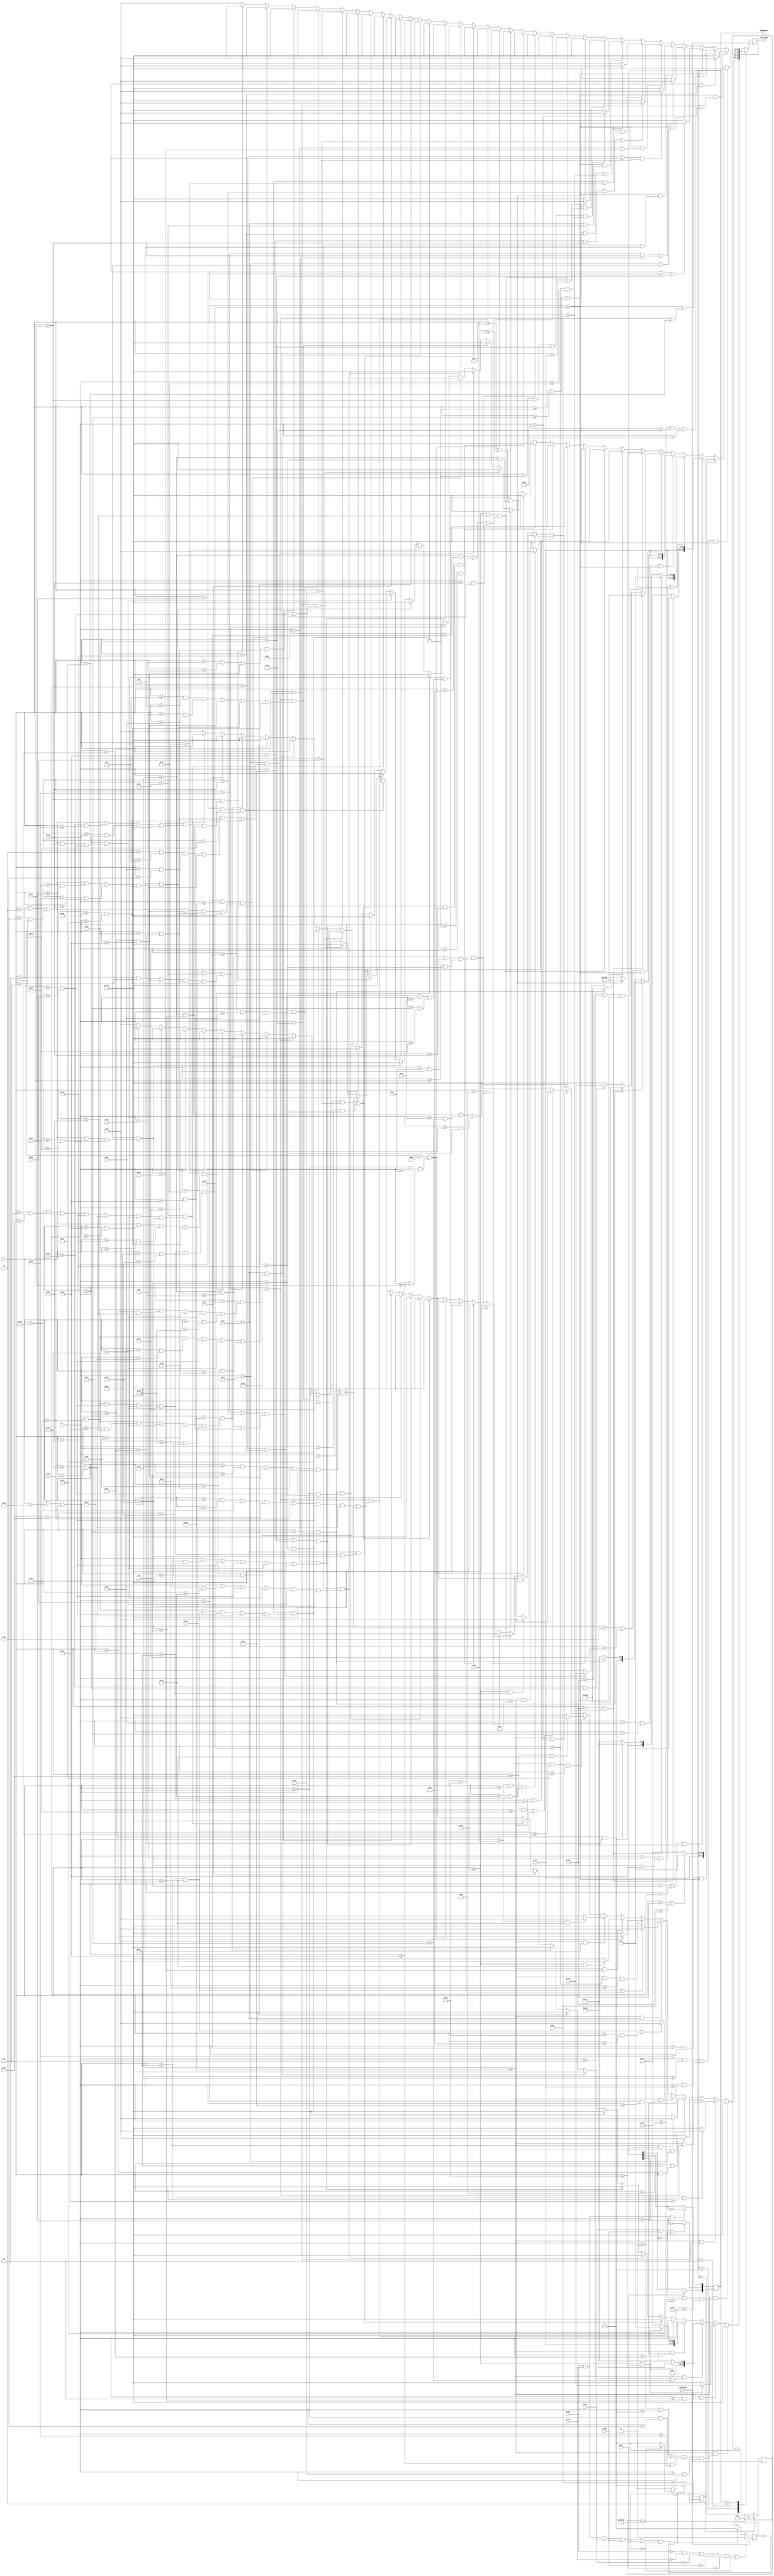
`timescale 1ns / 1ps
//////////////////////////////////////////////////////////////////////////////////
// Company: 
// Engineer: 
// 
// Design Name: 
// Module Name: MenuModule
// Project Name: 
// Target Devices: 
// Tool Versions: 
// Description: 
// 
// Dependencies: 
// 
// Revision:
// Revision 0.01 - File Created
// Additional Comments:
// 
//////////////////////////////////////////////////////////////////////////////////


module MenuModule(
    input clk_6p25m,
    input btnU, btnD, btnL, btnR, btnC,
    input [6:0] x,
    input [5:0] y,
    output reg [2:0] menustate = 3'b010,
    output reg [15:0] oled_data 
    );
    reg press = 0;
    reg delay = 0;
    reg [31:0] count = 0;
    always @ (posedge clk_6p25m) begin
        if(delay == 1) begin
            count <= (count == 3125000) ? 0: count+1;
            delay <= (count == 3125000) ? 0:1;
        end
        if((btnU == 1 ||btnD == 1 || btnL == 1 || btnR == 1 || btnC == 1) && delay == 0 && press == 0) begin
            delay <= 1;
            press <= 1;
        end
        if(btnU == 0 && btnD == 0 && btnL == 0 && btnR == 0 && btnC == 0 && delay == 0)
            press <= 0;
        case(menustate)
            3'b000: begin // B
                if(x>=48 && ((y>=0 && y<=1) || (y>=9 && y<=11) || (y>=19&&y<=21) || (y>=29 && y<=30)))
                    oled_data <= 16'b1111111111111111;
                else if(x>= 48 && (y>=2 && y<=8)) begin
                    if(x>=67 && x<=77)
                        oled_data <= 16'b0000011111100000;
                    else
                        oled_data <= 16'b1111111111111111;
                end
                else if(x >=48 && (y >=12 && y<=18)) begin
                    if(x>=67 && x<=77)
                        oled_data <= 16'b1111110100000000;
                    else
                        oled_data <= 16'b1111111111111111;
                end
                else if(x >= 48 && (y>=22 && y<=28)) begin
                    if(x>=67 && x<=77)
                        oled_data <= 16'b1111100000000000;
                    else
                        oled_data <= 16'b1111111111111111;
                end
               else if(y == 41 &&((x>=51&& x<=57) || x == 60 || x == 65 || x == 69 || x == 75 || (x>=79 && x<=84) || (x>=88 && x<=92)))
                   oled_data <= 16'b1111111111111111; // start of tuner
               else if(y == 42 && (x == 54 || x==60 || x==65 || x==69 || x==75 || x==79 || x==88 || x==93))
                   oled_data <= 16'b1111111111111111;
               else if(y == 43 && (x == 54 || x == 60 || x==65 || (x>=69 && x<=70) || x==75 || x == 79 || x==88 || x == 93))
                   oled_data <= 16'b1111111111111111;
               else if( y == 44 && (x==54 || x==60 || x==65 || (x>=69&&x<=71) || x==75 || x==79 || x==88 || x==93))
                   oled_data <= 16'b1111111111111111;
               else if(y==45 && (x==54 || x==60 || x==65 || x==69 || (x>=71&&x<=72) || x==75 || (x>=79&&x<=84) || (x>=88 && x<=92)))
                   oled_data <= 16'b1111111111111111;
               else if(y==46 && (x==54 || x==60 || x==65 || x==69 || (x>=72 && x<=73) || x==75 || x==79 || (x>=88 &&x<=90)))
                   oled_data <= 16'b1111111111111111;
               else if(y==47 && (x==54 || x == 60 || x==65 || x==69 || (x>=73 && x<=75) || x==79 || x==88 ||(x>=90&&x<=91)))
                   oled_data <= 16'b1111111111111111;
               else if(y==48 && (x==54 || x==60 || x==65 || x==69 || (x>=74&&x<=75) || x==79 || x==88 || (x>=91 && x<=92)))
                   oled_data <= 16'b1111111111111111;
               else if(y==49 && (x==54 || x==60 || x==65 || x==69 || x==75 || x==79 || x==88 || (x>=92&&x<=93)))
                   oled_data <= 16'b1111111111111111;
               else if(y==50 &&(x==54 || (x>=60 &&x<=65) || x==69 || x==75 || (x>=79 &&x<=84) || x==88 || x==93))
                   oled_data <= 16'b1111111111111111; //end of tuner
              else if((x==17 || x==29) && (y>=10&&y<=26)) //start of A
                  oled_data <= 16'b1111111111111111;   
              else if((x==18 || x==28) && (y>=9&&y<=26))
                  oled_data <= 16'b1111111111111111;
              else if((x==19 || x==27) && (y>=8&&y<=26))
                  oled_data <= 16'b1111111111111111;
              else if((x==20 || x==26) && ((y>=7&&y<=10) || (y>=17&&y<=19)))
                  oled_data <= 16'b1111111111111111;
              else if((x==21 || x==25) && ((y>=6&&y<=9) || (y>=17&&y<=19)))
                  oled_data <= 16'b1111111111111111;
              else if((x==22 || x==24) && ((y>=6 &&y<=8) || (y>=17&&y<=19)))
                  oled_data <= 16'b1111111111111111;
              else if(x==23 && ((y>=6&&y<=8) || (y>=17 &&y<=19)))
                  oled_data <= 16'b1111111111111111; //end of A
             else if(y==39 &&((x>=6 && x<=8) || (x>=18 && x<=19) || (x>=27&&x<=28) || (x>=34&&x<=43))) //start of AVI
                 oled_data <= 16'b1111111111111111;
             else if(y==40 &&((x>=5&&x<=9) || (x>=18 && x<=19) || (x>=27&&x<=28) || (x>=34&&x<=43)))
                 oled_data <= 16'b1111111111111111;
             else if(y==41 &&((x>=4&&x<=5) || (x>=9 && x<=10) || (x>=18 && x<=19) || (x>=27&&x<=28) || (x>=38&&x<=39)))
                 oled_data <= 16'b1111111111111111;
             else if(y==42 && ((x>=3&&x<=4) || (x>=10&&x<=11) || (x>=18 && x<=19) || (x>=27&&x<=28) || (x>=38&&x<=39)))
                 oled_data <= 16'b1111111111111111;
             else if((y>=43 && y<=48) && ((x>=2&&x<=3) || (x>=11&&x<=12) || (x>=18 && x<=19) || (x>=27&&x<=28) || (x>=38&&x<=39)))
                 oled_data <= 16'b1111111111111111;
             else if((y==49 || y==50) && ((x>=2&&x<=12) || (x>=18 && x<=19) || (x>=27&&x<=28) || (x>=38&&x<=39)))
                 oled_data <= 16'b1111111111111111;
             else if(y==51 && ((x>=2&&x<=3) || (x>=11&&x<=12) || (x>=19&&x<=20) || (x>=26&&x<=27) || (x>=38&&x<=39)))
                 oled_data <= 16'b1111111111111111;
             else if(y==52 && ((x>=2&&x<=3) || (x>=11&&x<=12) || (x>=20&&x<=21) || (x>=25&&x<=26) || (x>=38&&x<=39)))
                 oled_data <= 16'b1111111111111111; 
             else if(y==53 && ((x>=2&&x<=3) || (x>=11&&x<=12) || (x>=21&&x<=22) || (x>=24&&x<=25) || (x>=38&&x<=39)))
                 oled_data <= 16'b1111111111111111;
             else if(y==54 && ((x>=2&&x<=3) || (x>=11&&x<=12) || (x>=22&&x<=24) || (x>=34&&x<=43)))
                 oled_data <= 16'b1111111111111111;
             else if(y==55 && ((x>=2&&x<=3) || (x>=11&&x<=12) || (x==23) || (x>=34&&x<=43)))
                 oled_data <= 16'b1111111111111111; //end of AVI
//                if((x >= 64 && x <= 66) && (y >= 6 && y <= 26)) //start of B
//                    oled_data <= 16'b1111111111111111;
//                else if ((x >= 67 && x <= 75) && ((y >=6 && y <= 7) || (y >= 15 && y <= 17) || (y>=25 && y<= 26)))
//                    oled_data <= 16'b1111111111111111;
//                else if ((x == 76) && ((y >=6 && y<=8) || (y>=14 && y<=18) || (y>=24 && y<=26)))
//                    oled_data <= 16'b1111111111111111;
//                else if ((x == 77) && ((y >=6 && y<=9) || (y>=13 && y<=19) || (y>=23 && y<=26)))
//                    oled_data <= 16'b1111111111111111;
//                else if((x == 78) && (y >= 7 && y<= 25))
//                    oled_data <= 16'b1111111111111111;
//                else if((x == 79) && ((y >=8 && y<=14) || (y >=18 && y<=24)))
//                    oled_data <= 16'b1111111111111111;
//                else if((x == 80) && ((y>=9 && y<= 13) || (y>=19 && y<= 23))) //end of B
//                    oled_data <= 16'b1111111111111111;
                else
                    oled_data <= 16'b0000000000000000;
            end
            3'b001: begin //freq
//                if(x >= 48 && y >= 32)
//                    oled_data <= 16'b1111111111111111; 
                if(x>=48 && ((y>=32 && y<=39) || y >= 59))
                    oled_data <= 16'b1111111111111111; 
                else if(x>=48 && y == 40) begin
                    if(x>=71 && x<=74)
                        oled_data <= 16'b0000000000000000;
                    else
                        oled_data <= 16'b1111111111111111;
                end
                else if(x>=48 && y == 41) begin
                    if(x==71 || (x>=73 && x<=76))
                        oled_data <= 16'b0000000000000000;
                    else
                        oled_data <= 16'b1111111111111111;
                end
                else if( x>=48 && y == 42) begin
                    if(x>=71 && x<=77)
                        oled_data <= 16'b0000000000000000;
                    else
                        oled_data <= 16'b1111111111111111;
                end
                else if(x>=48 && (y>=43 && y<=45)) begin
                    if((x>=71&&x<=72) || (x>=77 && x<= 78))
                        oled_data <= 16'b0000000000000000;
                    else
                        oled_data <= 16'b1111111111111111;
                end
                else if(x>=48 && y==46) begin
                    if((x>=71 && x<= 72) || (x == 77))
                        oled_data <= 16'b0000000000000000;
                    else
                        oled_data <= 16'b1111111111111111;
                end
                else if(x>=48 && y>=47 && y<=51) begin
                    if(x>=71 && x<= 72)
                        oled_data <= 16'b0000000000000000;
                    else
                        oled_data <= 16'b1111111111111111;
                end
                else if(x>=48 && y == 52) begin
                    if(x>=67 && x<=72)
                        oled_data <= 16'b0000000000000000;
                    else
                        oled_data <= 16'b1111111111111111;   
                end
                else if(x>=48 && y == 53) begin
                    if(x>=66 && x<=72)
                        oled_data <= 16'b0000000000000000;
                    else
                        oled_data <= 16'b1111111111111111;   
                end
                else if(x>=48 && y >= 54 && y<=55) begin
                    if(x>=65 && x<=72)
                        oled_data <= 16'b0000000000000000;
                    else
                        oled_data <= 16'b1111111111111111;   
                end
                else if(x>=48 && y == 56) begin
                    if((x>=65 && x<=69) || (x>=71 && x<=72))
                        oled_data <= 16'b0000000000000000;
                    else
                        oled_data <= 16'b1111111111111111;   
                end
                else if(x>=48 && y==57) begin
                    if((x>=66 && x<=67) || (x>=70 && x<= 71))
                        oled_data <= 16'b0000000000000000;
                    else
                        oled_data <= 16'b1111111111111111;     
                end
                else if(x>=48 && y == 58) begin
                    if(x>=67 && x <= 71)
                        oled_data <= 16'b0000000000000000;
                    else
                        oled_data <= 16'b1111111111111111;                 
                end
               else if((x >= 64 && x <= 66) && (y >= 6 && y <= 26)) //start of B
                   oled_data <= 16'b1111111111111111;
               else if ((x >= 67 && x <= 75) && ((y >=6 && y <= 7) || (y >= 15 && y <= 17) || (y>=25 && y<= 26)))
                   oled_data <= 16'b1111111111111111;
               else if ((x == 76) && ((y >=6 && y<=8) || (y>=14 && y<=18) || (y>=24 && y<=26)))
                   oled_data <= 16'b1111111111111111;
               else if ((x == 77) && ((y >=6 && y<=9) || (y>=13 && y<=19) || (y>=23 && y<=26)))
                   oled_data <= 16'b1111111111111111;
               else if((x == 78) && (y >= 7 && y<= 25))
                   oled_data <= 16'b1111111111111111;
               else if((x == 79) && ((y >=8 && y<=14) || (y >=18 && y<=24)))
                   oled_data <= 16'b1111111111111111;
               else if((x == 80) && ((y>=9 && y<= 13) || (y>=19 && y<= 23))) //end of B
                   oled_data <= 16'b1111111111111111;
                else if((x==17 || x==29) && (y>=10&&y<=26)) //start of A
                    oled_data <= 16'b1111111111111111;   
                else if((x==18 || x==28) && (y>=9&&y<=26))
                    oled_data <= 16'b1111111111111111;
                else if((x==19 || x==27) && (y>=8&&y<=26))
                    oled_data <= 16'b1111111111111111;
                else if((x==20 || x==26) && ((y>=7&&y<=10) || (y>=17&&y<=19)))
                    oled_data <= 16'b1111111111111111;
                else if((x==21 || x==25) && ((y>=6&&y<=9) || (y>=17&&y<=19)))
                    oled_data <= 16'b1111111111111111;
                else if((x==22 || x==24) && ((y>=6 &&y<=8) || (y>=17&&y<=19)))
                    oled_data <= 16'b1111111111111111;
                else if(x==23 && ((y>=6&&y<=8) || (y>=17 &&y<=19)))
                    oled_data <= 16'b1111111111111111; //end of A
               else if(y==39 &&((x>=6 && x<=8) || (x>=18 && x<=19) || (x>=27&&x<=28) || (x>=34&&x<=43))) //start of AVI
                   oled_data <= 16'b1111111111111111;
               else if(y==40 &&((x>=5&&x<=9) || (x>=18 && x<=19) || (x>=27&&x<=28) || (x>=34&&x<=43)))
                   oled_data <= 16'b1111111111111111;
               else if(y==41 &&((x>=4&&x<=5) || (x>=9 && x<=10) || (x>=18 && x<=19) || (x>=27&&x<=28) || (x>=38&&x<=39)))
                   oled_data <= 16'b1111111111111111;
               else if(y==42 && ((x>=3&&x<=4) || (x>=10&&x<=11) || (x>=18 && x<=19) || (x>=27&&x<=28) || (x>=38&&x<=39)))
                   oled_data <= 16'b1111111111111111;
               else if((y>=43 && y<=48) && ((x>=2&&x<=3) || (x>=11&&x<=12) || (x>=18 && x<=19) || (x>=27&&x<=28) || (x>=38&&x<=39)))
                   oled_data <= 16'b1111111111111111;
               else if((y==49 || y==50) && ((x>=2&&x<=12) || (x>=18 && x<=19) || (x>=27&&x<=28) || (x>=38&&x<=39)))
                   oled_data <= 16'b1111111111111111;
               else if(y==51 && ((x>=2&&x<=3) || (x>=11&&x<=12) || (x>=19&&x<=20) || (x>=26&&x<=27) || (x>=38&&x<=39)))
                   oled_data <= 16'b1111111111111111;
               else if(y==52 && ((x>=2&&x<=3) || (x>=11&&x<=12) || (x>=20&&x<=21) || (x>=25&&x<=26) || (x>=38&&x<=39)))
                   oled_data <= 16'b1111111111111111; 
               else if(y==53 && ((x>=2&&x<=3) || (x>=11&&x<=12) || (x>=21&&x<=22) || (x>=24&&x<=25) || (x>=38&&x<=39)))
                   oled_data <= 16'b1111111111111111;
               else if(y==54 && ((x>=2&&x<=3) || (x>=11&&x<=12) || (x>=22&&x<=24) || (x>=34&&x<=43)))
                   oled_data <= 16'b1111111111111111;
               else if(y==55 && ((x>=2&&x<=3) || (x>=11&&x<=12) || (x==23) || (x>=34&&x<=43)))
                   oled_data <= 16'b1111111111111111; //end of AVI
//                if(y == 41 &&((x>=51&& x<=57) || x == 60 || x == 65 || x == 69 || x == 75 || (x>=79 && x<=84) || (x>=88 && x<=92)))
//                    oled_data <= 16'b1111111111111111; // start of tuner
//                else if(y == 42 && (x == 54 || x==60 || x==65 || x==69 || x==75 || x==79 || x==88 || x==93))
//                    oled_data <= 16'b1111111111111111;
//                else if(y == 43 && (x == 54 || x == 60 || x==65 || (x>=69 && x<=70) || x==75 || x == 79 || x==88 || x == 93))
//                    oled_data <= 16'b1111111111111111;
//                else if( y == 44 && (x==54 || x==60 || x==65 || (x>=69&&x<=71) || x==75 || x==79 || x==88 || x==93))
//                    oled_data <= 16'b1111111111111111;
//                else if(y==45 && (x==54 || x==60 || x==65 || x==69 || (x>=71&&x<=72) || x==75 || (x>=79&&x<=84) || (x>=88 && x<=92)))
//                    oled_data <= 16'b1111111111111111;
//                else if(y==46 && (x==54 || x==60 || x==65 || x==69 || (x>=72 && x<=73) || x==75 || x==79 || (x>=88 &&x<=90)))
//                    oled_data <= 16'b1111111111111111;
//                else if(y==47 && (x==54 || x == 60 || x==65 || x==69 || (x>=73 && x<=75) || x==79 || x==88 ||(x>=90&&x<=91)))
//                    oled_data <= 16'b1111111111111111;
//                else if(y==48 && (x==54 || x==60 || x==65 || x==69 || (x>=74&&x<=75) || x==79 || x==88 || (x>=91 && x<=92)))
//                    oled_data <= 16'b1111111111111111;
//                else if(y==49 && (x==54 || x==60 || x==65 || x==69 || x==75 || x==79 || x==88 || (x>=92&&x<=93)))
//                    oled_data <= 16'b1111111111111111;
//                else if(y==50 &&(x==54 || (x>=60 &&x<=65) || x==69 || x==75 || (x>=79 &&x<=84) || x==88 || x==93))
//                    oled_data <= 16'b1111111111111111; //end of tuner
                else
                    oled_data <= 16'b0000000000000000;
            end
            3'b010: begin // A
//                if(x <= 48 && y <= 31)
//                    oled_data <= 16'b1111111111111111;
                if(((y >= 0&&y<=6) || y>=22&&y<=31) && x <=47)
                    oled_data <= 16'b1111111111111111;
                else if((y==7 || y==21) && x<=47) begin
                    if(x>=16 && x<=30) 
                        oled_data <= 16'b1111100000000000;
                    else
                        oled_data <= 16'b1111111111111111;
                end
                else if((y==8 || y==20) && x <=47) begin
                    if(x==16 || x==30)
                        oled_data <= 16'b1111100000000000;
                    else
                        oled_data <= 16'b1111111111111111;
                end
                else if((y ==9 || y == 19) && x <=47) begin
                    if(x== 16 || x==30)
                        oled_data <= 16'b1111100000000000;
                    else if(x>=18 && x<=28)
                        oled_data <= 16'b1111110100000000;
                    else
                        oled_data <= 16'b1111111111111111;
                end
                else if((y==10 || y == 18) && x <=47) begin
                    if(x== 16 || x==30)
                        oled_data <= 16'b1111100000000000;
                    else if(x==18 || x== 28)
                        oled_data <= 16'b1111110100000000;
                    else
                        oled_data <= 16'b1111111111111111;
                end
                else if((y == 11 || y == 17) && x <=47) begin
                    if(x== 16 || x==30) 
                        oled_data <= 16'b1111100000000000;
                    else if(x==18 || x== 28) 
                        oled_data <= 16'b1111110100000000;
                    else if(x>=20 && x<=26)
                        oled_data <= 16'b0000011111100000;
                    else
                        oled_data <= 16'b1111111111111111;
                end
                else if(y>=12 && y<=16 && x <=47) begin
                    if(x== 16 || x==30) 
                        oled_data <= 16'b1111100000000000;
                    else if(x==18 || x== 28) 
                        oled_data <= 16'b1111110100000000;
                    else if(x==20 || x==26) 
                        oled_data <= 16'b0000011111100000;
                    else 
                        oled_data <= 16'b1111111111111111;
                end
                else if((x >= 64 && x <= 66) && (y >= 6 && y <= 26)) //start of B
                    oled_data <= 16'b1111111111111111;
                else if ((x >= 67 && x <= 75) && ((y >=6 && y <= 7) || (y >= 15 && y <= 17) || (y>=25 && y<= 26)))
                    oled_data <= 16'b1111111111111111;
                else if ((x == 76) && ((y >=6 && y<=8) || (y>=14 && y<=18) || (y>=24 && y<=26)))
                    oled_data <= 16'b1111111111111111;
                else if ((x == 77) && ((y >=6 && y<=9) || (y>=13 && y<=19) || (y>=23 && y<=26)))
                    oled_data <= 16'b1111111111111111;
                else if((x == 78) && (y >= 7 && y<= 25))
                    oled_data <= 16'b1111111111111111;
                else if((x == 79) && ((y >=8 && y<=14) || (y >=18 && y<=24)))
                    oled_data <= 16'b1111111111111111;
                else if((x == 80) && ((y>=9 && y<= 13) || (y>=19 && y<= 23))) //end of B
                    oled_data <= 16'b1111111111111111;
                else if(y==39 &&((x>=6 && x<=8) || (x>=18 && x<=19) || (x>=27&&x<=28) || (x>=34&&x<=43))) //start of AVI
                   oled_data <= 16'b1111111111111111;
                else if(y==40 &&((x>=5&&x<=9) || (x>=18 && x<=19) || (x>=27&&x<=28) || (x>=34&&x<=43)))
                   oled_data <= 16'b1111111111111111;
                else if(y==41 &&((x>=4&&x<=5) || (x>=9 && x<=10) || (x>=18 && x<=19) || (x>=27&&x<=28) || (x>=38&&x<=39)))
                   oled_data <= 16'b1111111111111111;
                else if(y==42 && ((x>=3&&x<=4) || (x>=10&&x<=11) || (x>=18 && x<=19) || (x>=27&&x<=28) || (x>=38&&x<=39)))
                   oled_data <= 16'b1111111111111111;
                else if((y>=43 && y<=48) && ((x>=2&&x<=3) || (x>=11&&x<=12) || (x>=18 && x<=19) || (x>=27&&x<=28) || (x>=38&&x<=39)))
                   oled_data <= 16'b1111111111111111;
                else if((y==49 || y==50) && ((x>=2&&x<=12) || (x>=18 && x<=19) || (x>=27&&x<=28) || (x>=38&&x<=39)))
                   oled_data <= 16'b1111111111111111;
                else if(y==51 && ((x>=2&&x<=3) || (x>=11&&x<=12) || (x>=19&&x<=20) || (x>=26&&x<=27) || (x>=38&&x<=39)))
                   oled_data <= 16'b1111111111111111;
                else if(y==52 && ((x>=2&&x<=3) || (x>=11&&x<=12) || (x>=20&&x<=21) || (x>=25&&x<=26) || (x>=38&&x<=39)))
                   oled_data <= 16'b1111111111111111; 
                else if(y==53 && ((x>=2&&x<=3) || (x>=11&&x<=12) || (x>=21&&x<=22) || (x>=24&&x<=25) || (x>=38&&x<=39)))
                   oled_data <= 16'b1111111111111111;
                else if(y==54 && ((x>=2&&x<=3) || (x>=11&&x<=12) || (x>=22&&x<=24) || (x>=34&&x<=43)))
                   oled_data <= 16'b1111111111111111;
                else if(y==55 && ((x>=2&&x<=3) || (x>=11&&x<=12) || (x==23) || (x>=34&&x<=43)))
                   oled_data <= 16'b1111111111111111; //end of AVI
                else if(y == 41 &&((x>=51&& x<=57) || x == 60 || x == 65 || x == 69 || x == 75 || (x>=79 && x<=84) || (x>=88 && x<=92)))
                   oled_data <= 16'b1111111111111111; // start of tuner
                else if(y == 42 && (x == 54 || x==60 || x==65 || x==69 || x==75 || x==79 || x==88 || x==93))
                   oled_data <= 16'b1111111111111111;
                else if(y == 43 && (x == 54 || x == 60 || x==65 || (x>=69 && x<=70) || x==75 || x == 79 || x==88 || x == 93))
                   oled_data <= 16'b1111111111111111;
                else if( y == 44 && (x==54 || x==60 || x==65 || (x>=69&&x<=71) || x==75 || x==79 || x==88 || x==93))
                   oled_data <= 16'b1111111111111111;
                else if(y==45 && (x==54 || x==60 || x==65 || x==69 || (x>=71&&x<=72) || x==75 || (x>=79&&x<=84) || (x>=88 && x<=92)))
                   oled_data <= 16'b1111111111111111;
                else if(y==46 && (x==54 || x==60 || x==65 || x==69 || (x>=72 && x<=73) || x==75 || x==79 || (x>=88 &&x<=90)))
                   oled_data <= 16'b1111111111111111;
                else if(y==47 && (x==54 || x == 60 || x==65 || x==69 || (x>=73 && x<=75) || x==79 || x==88 ||(x>=90&&x<=91)))
                   oled_data <= 16'b1111111111111111;
                else if(y==48 && (x==54 || x==60 || x==65 || x==69 || (x>=74&&x<=75) || x==79 || x==88 || (x>=91 && x<=92)))
                   oled_data <= 16'b1111111111111111;
                else if(y==49 && (x==54 || x==60 || x==65 || x==69 || x==75 || x==79 || x==88 || (x>=92&&x<=93)))
                   oled_data <= 16'b1111111111111111;
                else if(y==50 &&(x==54 || (x>=60 &&x<=65) || x==69 || x==75 || (x>=79 &&x<=84) || x==88 || x==93))
                   oled_data <= 16'b1111111111111111; //end of tuner
//                if((x==17 || x==29) && (y>=10&&y<=26)) //start of A
//                    oled_data <= 16'b1111111111111111;   
//                else if((x==18 || x==28) && (y>=9&&y<=26))
//                    oled_data <= 16'b1111111111111111;
//                else if((x==19 || x==27) && (y>=8&&y<=26))
//                    oled_data <= 16'b1111111111111111;
//                else if((x==20 || x==26) && ((y>=7&&y<=10) || (y>=17&&y<=19)))
//                    oled_data <= 16'b1111111111111111;
//                else if((x==21 || x==25) && ((y>=6&&y<=9) || (y>=17&&y<=19)))
//                    oled_data <= 16'b1111111111111111;
//                else if((x==22 || x==24) && ((y>=6 &&y<=8) || (y>=17&&y<=19)))
//                    oled_data <= 16'b1111111111111111;
//                else if(x==23 && ((y>=6&&y<=8) || (y>=17 &&y<=19)))
//                    oled_data <= 16'b1111111111111111; //end of A
                else
                    oled_data <= 16'b0000000000000000;
            end
            3'b011: begin //AV
//                if(x <= 48 && y >= 32)
//                    oled_data <= 16'b1111111111111111;
            if(x<= 47 && (y==40 || y == 56)) begin
                if(x==23 || x== 26)
                    oled_data <= 16'b0000000000000000;
                else
                    oled_data <= 16'b1111111111111111;
            end
            else if(x<=47 && ((y>=32 && y <=40) || (y >56)))
                oled_data <= 16'b1111111111111111;
            else if(x<=47 && (y == 41 || y ==55)) begin
                if(x==23 || x == 22 || x == 27)
                  oled_data <= 16'b0000000000000000;
                else
                  oled_data <= 16'b1111111111111111;    
            end
            else if(x<=47 && (y==42 || y==54)) begin
                if(x==21 || x==23 || x==28)
                  oled_data <= 16'b0000000000000000;
                else 
                  oled_data <= 16'b1111111111111111;
            end
            else if(x<=47 && (y==43 || y == 53)) begin
                if(x==20 || x==23 || x==29)
                  oled_data <= 16'b0000000000000000;
                else 
                  oled_data <= 16'b1111111111111111;
            end
            else if(x<=47 && (y == 44 || y == 52)) begin
                if(x==19 || x == 23 || x == 25 || x==29)
                  oled_data <= 16'b0000000000000000;
                else 
                  oled_data <= 16'b1111111111111111;
            end
            else if(x<=47 && (y == 45 || y == 51)) begin
                if((x>=15&&x<=18) || x==23 || x==26 || x==30)
                  oled_data <= 16'b0000000000000000;
                else 
                  oled_data <= 16'b1111111111111111; 
            end
            else if(x<=47 && (y==46 || y == 50)) begin
                if(x==15 || x==23 || x == 27 || x == 30)
                  oled_data <= 16'b0000000000000000;
                else 
                  oled_data <= 16'b1111111111111111;
            end
            else if(x<=47 && (y>=47 && y<= 49)) begin
                if(x==15 || x==23 || x==27 || x == 31)
                  oled_data <= 16'b0000000000000000;
                else 
                  oled_data <= 16'b1111111111111111;
            end
              else if((x >= 64 && x <= 66) && (y >= 6 && y <= 26)) //start of B
                  oled_data <= 16'b1111111111111111;
              else if ((x >= 67 && x <= 75) && ((y >=6 && y <= 7) || (y >= 15 && y <= 17) || (y>=25 && y<= 26)))
                  oled_data <= 16'b1111111111111111;
              else if ((x == 76) && ((y >=6 && y<=8) || (y>=14 && y<=18) || (y>=24 && y<=26)))
                  oled_data <= 16'b1111111111111111;
              else if ((x == 77) && ((y >=6 && y<=9) || (y>=13 && y<=19) || (y>=23 && y<=26)))
                  oled_data <= 16'b1111111111111111;
              else if((x == 78) && (y >= 7 && y<= 25))
                  oled_data <= 16'b1111111111111111;
              else if((x == 79) && ((y >=8 && y<=14) || (y >=18 && y<=24)))
                  oled_data <= 16'b1111111111111111;
              else if((x == 80) && ((y>=9 && y<= 13) || (y>=19 && y<= 23))) //end of B
                  oled_data <= 16'b1111111111111111;
             else if(y == 41 &&((x>=51&& x<=57) || x == 60 || x == 65 || x == 69 || x == 75 || (x>=79 && x<=84) || (x>=88 && x<=92)))
                 oled_data <= 16'b1111111111111111; // start of tuner
             else if(y == 42 && (x == 54 || x==60 || x==65 || x==69 || x==75 || x==79 || x==88 || x==93))
                 oled_data <= 16'b1111111111111111;
             else if(y == 43 && (x == 54 || x == 60 || x==65 || (x>=69 && x<=70) || x==75 || x == 79 || x==88 || x == 93))
                 oled_data <= 16'b1111111111111111;
             else if( y == 44 && (x==54 || x==60 || x==65 || (x>=69&&x<=71) || x==75 || x==79 || x==88 || x==93))
                 oled_data <= 16'b1111111111111111;
             else if(y==45 && (x==54 || x==60 || x==65 || x==69 || (x>=71&&x<=72) || x==75 || (x>=79&&x<=84) || (x>=88 && x<=92)))
                 oled_data <= 16'b1111111111111111;
             else if(y==46 && (x==54 || x==60 || x==65 || x==69 || (x>=72 && x<=73) || x==75 || x==79 || (x>=88 &&x<=90)))
                 oled_data <= 16'b1111111111111111;
             else if(y==47 && (x==54 || x == 60 || x==65 || x==69 || (x>=73 && x<=75) || x==79 || x==88 ||(x>=90&&x<=91)))
                 oled_data <= 16'b1111111111111111;
             else if(y==48 && (x==54 || x==60 || x==65 || x==69 || (x>=74&&x<=75) || x==79 || x==88 || (x>=91 && x<=92)))
                 oled_data <= 16'b1111111111111111;
             else if(y==49 && (x==54 || x==60 || x==65 || x==69 || x==75 || x==79 || x==88 || (x>=92&&x<=93)))
                 oled_data <= 16'b1111111111111111;
             else if(y==50 &&(x==54 || (x>=60 &&x<=65) || x==69 || x==75 || (x>=79 &&x<=84) || x==88 || x==93))
                 oled_data <= 16'b1111111111111111; //end of tuner
             else if((x==17 || x==29) && (y>=10&&y<=26)) //start of A
                 oled_data <= 16'b1111111111111111;   
             else if((x==18 || x==28) && (y>=9&&y<=26))
                 oled_data <= 16'b1111111111111111;
             else if((x==19 || x==27) && (y>=8&&y<=26))
                 oled_data <= 16'b1111111111111111;
             else if((x==20 || x==26) && ((y>=7&&y<=10) || (y>=17&&y<=19)))
                 oled_data <= 16'b1111111111111111;
             else if((x==21 || x==25) && ((y>=6&&y<=9) || (y>=17&&y<=19)))
                 oled_data <= 16'b1111111111111111;
             else if((x==22 || x==24) && ((y>=6 &&y<=8) || (y>=17&&y<=19)))
                 oled_data <= 16'b1111111111111111;
             else if(x==23 && ((y>=6&&y<=8) || (y>=17 &&y<=19)))
                 oled_data <= 16'b1111111111111111; //end of A
//                if(y==39 &&((x>=6 && x<=8) || (x>=18 && x<=19) || (x>=27&&x<=28) || (x>=34&&x<=43))) //start of AVI
//                    oled_data <= 16'b1111111111111111;
//                else if(y==40 &&((x>=5&&x<=9) || (x>=18 && x<=19) || (x>=27&&x<=28) || (x>=34&&x<=43)))
//                    oled_data <= 16'b1111111111111111;
//                else if(y==41 &&((x>=4&&x<=5) || (x>=9 && x<=10) || (x>=18 && x<=19) || (x>=27&&x<=28) || (x>=38&&x<=39)))
//                    oled_data <= 16'b1111111111111111;
//                else if(y==42 && ((x>=3&&x<=4) || (x>=10&&x<=11) || (x>=18 && x<=19) || (x>=27&&x<=28) || (x>=38&&x<=39)))
//                    oled_data <= 16'b1111111111111111;
//                else if((y>=43 && y<=48) && ((x>=2&&x<=3) || (x>=11&&x<=12) || (x>=18 && x<=19) || (x>=27&&x<=28) || (x>=38&&x<=39)))
//                    oled_data <= 16'b1111111111111111;
//                else if((y==49 || y==50) && ((x>=2&&x<=12) || (x>=18 && x<=19) || (x>=27&&x<=28) || (x>=38&&x<=39)))
//                    oled_data <= 16'b1111111111111111;
//                else if(y==51 && ((x>=2&&x<=3) || (x>=11&&x<=12) || (x>=19&&x<=20) || (x>=26&&x<=27) || (x>=38&&x<=39)))
//                    oled_data <= 16'b1111111111111111;
//                else if(y==52 && ((x>=2&&x<=3) || (x>=11&&x<=12) || (x>=20&&x<=21) || (x>=25&&x<=26) || (x>=38&&x<=39)))
//                    oled_data <= 16'b1111111111111111; 
//                else if(y==53 && ((x>=2&&x<=3) || (x>=11&&x<=12) || (x>=21&&x<=22) || (x>=24&&x<=25) || (x>=38&&x<=39)))
//                    oled_data <= 16'b1111111111111111;
//                else if(y==54 && ((x>=2&&x<=3) || (x>=11&&x<=12) || (x>=22&&x<=24) || (x>=34&&x<=43)))
//                    oled_data <= 16'b1111111111111111;
//                else if(y==55 && ((x>=2&&x<=3) || (x>=11&&x<=12) || (x==23) || (x>=34&&x<=43)))
//                    oled_data <= 16'b1111111111111111; //end of AVI
                else
                    oled_data <= 16'b0000000000000000;
            end
        endcase
    end
    always @ (posedge delay) begin
        if((btnU == 1 || btnD == 1) && menustate[2] == 0) begin
                menustate[0] <= ~menustate[0];
            end
            if((btnL == 1 || btnR == 1) && menustate[2] == 0) begin
                menustate[1] <= ~menustate[1];
            end
            if(btnC == 1) begin
                menustate[2] <= ~menustate[2];
            end
    end
endmodule